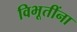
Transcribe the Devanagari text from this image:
विभूतींना